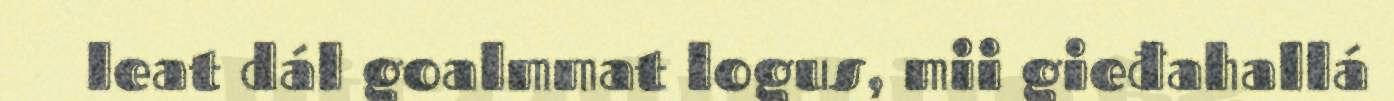
leat dál goalmmat logus, mii gieđahallá